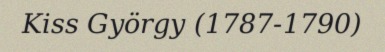
Kiss György (1787-1790)